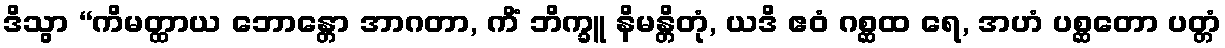
ဒိသွာ “ကိမတ္ထာယ ဘောန္တော အာဂတာ, ကိံ ဘိက္ခူ နိမန္တိတုံ, ယဒိ ဧဝံ ဂစ္ဆထ ရေ, အဟံ ပစ္ဆတော ပတ္တံ